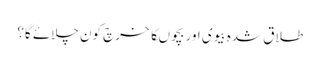
طلاق شدہ بیوی اور بچوںکا خرچ کون چلائے گا؟